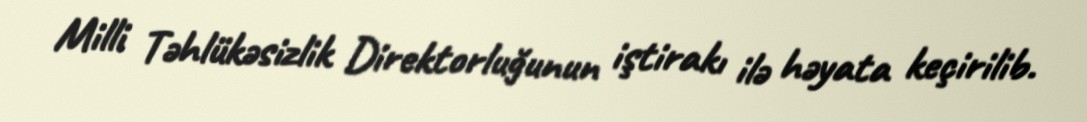
Milli Təhlükəsizlik Direktorluğunun iştirakı ilə həyata keçirilib.